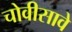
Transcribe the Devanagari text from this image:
चोवीसावे